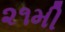
૨૧મી